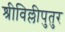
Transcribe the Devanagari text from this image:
श्रीविल्लीपुतुर